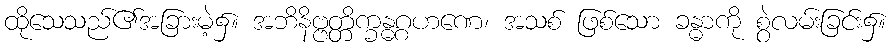
ထိုသေသည်၏အခြားမဲ့၌။ အဘိနိဗ္ဗတ္တိက္ခန္ဓဂ္ဂဟဏေ၊ အသစ် ဖြစ်သော ခန္ဓာကို စွဲလမ်းခြင်း၌။